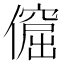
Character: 𠏅